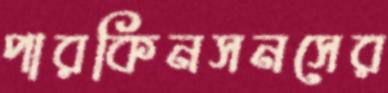
পারকিনসনসের